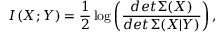
I ( X ; Y ) = \frac { 1 } { 2 } \log \left( \frac { d e t \Sigma ( X ) } { d e t \Sigma ( X | Y ) } \right) ,